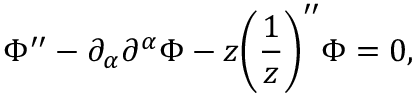
\Phi ^ { \prime \prime } - \partial _ { \alpha } \partial ^ { \alpha } \Phi - z \biggl ( \frac { 1 } { z } \biggr ) ^ { \prime \prime } \Phi = 0 ,